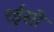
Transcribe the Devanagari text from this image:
रईसो